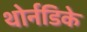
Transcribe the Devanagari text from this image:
थोर्नडिके